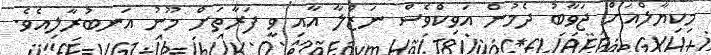
މިކިޔާލްއަށް ޖަވާބު ދެމުން އަވިކްވެސް ނަޒްލާ އާއި ވީ ފަރާތަށް މޫނު އަނބުރާލިއެވެ.